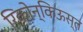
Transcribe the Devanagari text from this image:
रिकोन्किऊस्त